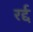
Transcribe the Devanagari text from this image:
रर्द्द